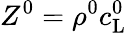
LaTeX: Z^{0}=\rho^{0}c_{\mathrm{L}}^{0}